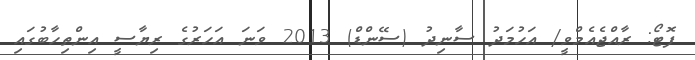
ފޮޓޯ: ރާއްޖެއެމްވީ/ އަހުމަދު ސާނިދު (ސޭންޑް) 2013 ވަނަ އަހަރުގެ ރިޔާސީ އިންތިހާބުގައި